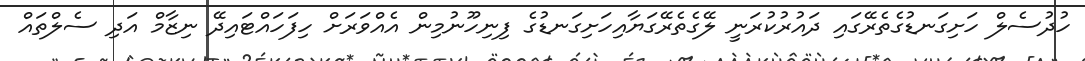
ހުދުސެލް ހަށިގަނޑުގެތެރޭގައި ދައުރުކުރަނީ ލޭގެތެރޭގަޔާއިހަށިގަނޑުގެ ފިނިހޫނުމިން އެއްވަރަށް ހިފަހައްޓައިދޭ ނިޒާމް އަދި ސެލްތައް